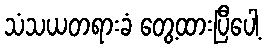
သံသယတရားခံ တွေ့ထားပြီပေါ့